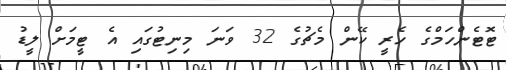
ޓޮޓެންހަމްގެ ހެރީ ކޭން މެޗުގެ 32 ވަނަ މިނިޓުގައި އެ ޓީމަށް ލީޑު